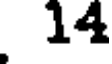
14